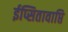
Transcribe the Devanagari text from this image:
ईप्सितावाप्ति